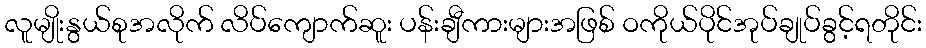
လူမျိုးနွယ်စုအလိုက် လိပ်ကျောက်ဆူး ပန်းချီကားများအဖြစ် ဝကိုယ်ပိုင်အုပ်ချုပ်ခွင့်ရတိုင်း